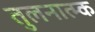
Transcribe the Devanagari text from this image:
तुलनात्म्क